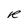
Character: R